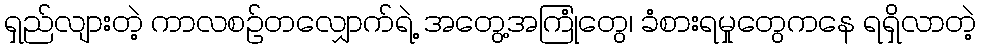
ရှည်လျားတဲ့ ကာလစဉ်တလျှောက်ရဲ့ အတွေ့အကြုံတွေ၊ ခံစားရမှုတွေကနေ ရရှိလာတဲ့